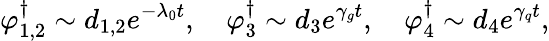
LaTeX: \varphi_{1,2}^{\dagger}\sim d_{1,2}e^{-\lambda_{0}t},\quad\varphi_{3}^{\dagger}\sim d_{3}e^{\gamma_{g}t},\quad\varphi_{4}^{\dagger}\sim d_{4}e^{\gamma_{q}t},